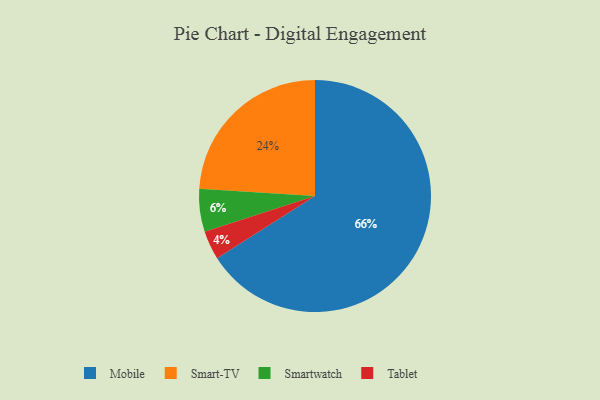
{"axis": {"x": "Category", "y": "Percentage"}, "legend": ["Mobile", "Smart-TV", "Smartwatch", "Tablet"], "data": [{"x": "Tablet", "y": 4, "type": "Tablet"}, {"x": "Mobile", "y": 66, "type": "Mobile"}, {"x": "Smartwatch", "y": 6, "type": "Smartwatch"}, {"x": "Smart-TV", "y": 24, "type": "Smart-TV"}]}